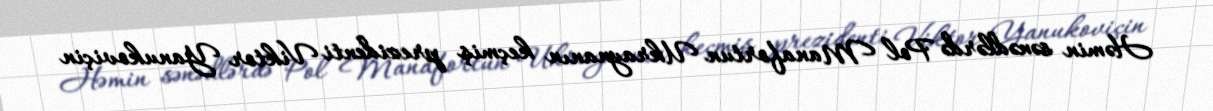
Həmin sənədlərdə Pol Manafortun Ukraynanın keçmiş prezidenti Viktor Yanukoviçin